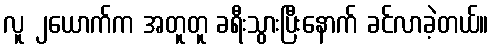
လူ ၂ယောက်က အတူတူ ခရီးသွားပြီးနောက် ခင်လာခဲ့တယ်။